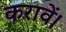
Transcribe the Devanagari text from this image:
करावें।